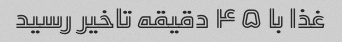
غذا با ۴۵ دقیقه تاخیر رسید